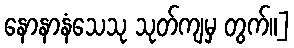
နောနာနံသေသု သုတ်ကျမှ တွက်။]